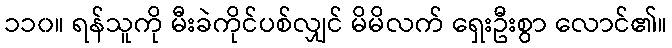
၁၁၀။ ရန်သူကို မီးခဲကိုင်ပစ်လျှင် မိမိလက် ရှေးဦးစွာ လောင်၏။